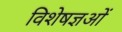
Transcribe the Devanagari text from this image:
विशेषज्ञओं